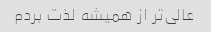
عالی‌تر از همیشه لذت بردم